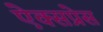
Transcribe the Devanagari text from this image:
ऐक्सप्रेस